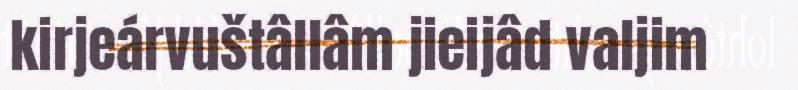
kirjeárvuštâllâm jieijâd valjim